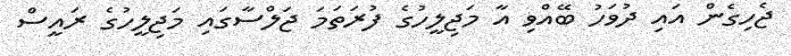
ޖެހިގެން އައި ދުވަހު ބޭއްވި އާ މަޖިލީހުގެ ފުރަތަމަ ޖަލްސާގައި މަޖިލީހުގެ ރައީސް